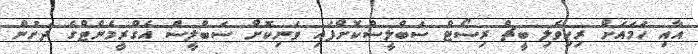
އާއި ހަމައަށް ރިހިވެލި ބީޗް ރިސޯޓް ސަބްލީސްކޮށްފައި ވަނިކޮށް ސަބްލީސް އެގްރީމެންޓްގެ ދަށުން